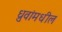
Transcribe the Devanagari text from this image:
ध्रुवांमधील